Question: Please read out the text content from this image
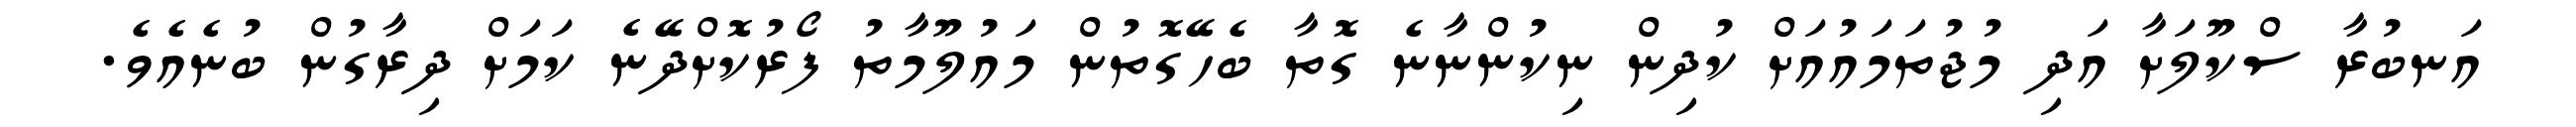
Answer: އަނބުރާ ސްކޫލަށާ އަދި މުޖުތަމައުއަށް ކުދިން ނިކުންނާނެ ގޮތާ ބެހޭގޮތުން މައުލޫމާތު ފޯރުކޮށްދޭނެ ކަމަށް ދިރާގުން ބުނެއެވެ.